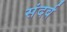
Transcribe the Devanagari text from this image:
संदर्व